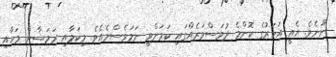
ނޫނެވެ. އެއީ އަހަރުގެ ކޮންމެ ދުވަސްވަރެއްގައި ކަމަށްވީ ނަމަވެސްމެއެވެ. މިކަމާއި ރަމަޟާން މަހާއި